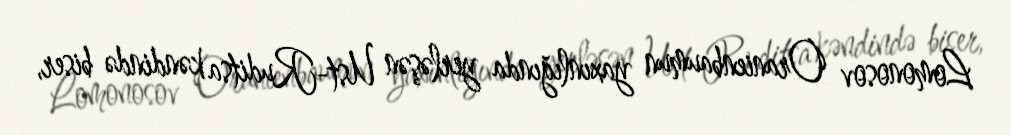
Lomonosov Oranienbaumun yaxınlığında yerləşən Ust-Ruditsa kəndində biser,